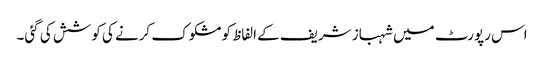
اس رپورٹ میں شہباز شریف کے الفاظ کو مشکوک کرنے کی کوشش کی گئی۔